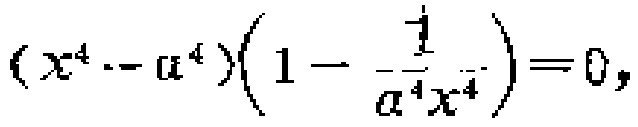
\((x^{4}-a^{4})(1 - \frac{1}{a^{4}x^{4}})=0\)